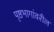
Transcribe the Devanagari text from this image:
पृष्ठभागांवरील